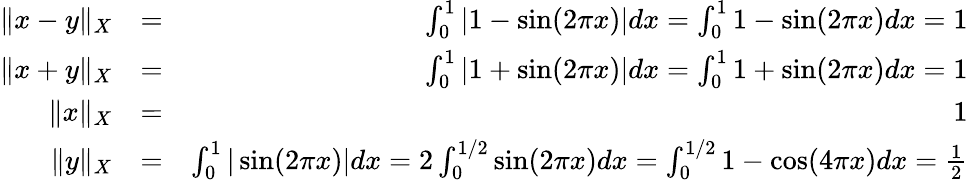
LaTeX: \begin{array}{rlr}{\| x-y\| _{X}}&{=}&{\int_{0}^{1}|1-\sin(2\pi x)|dx=\int_{0}^{1}1-\sin(2\pi x)dx=1}\\ {\| x+y\| _{X}}&{=}&{\int_{0}^{1}|1+\sin(2\pi x)|dx=\int_{0}^{1}1+\sin(2\pi x)dx=1}\\ {\| x\| _{X}}&{=}&{1}\\ {\| y\| _{X}}&{=}&{\int_{0}^{1}|\sin(2\pi x)|dx=2\int_{0}^{1/2}\sin(2\pi x)dx=\int_{0}^{1/2}1-\cos(4\pi x)dx=\frac{1}{2}}\end{array}